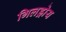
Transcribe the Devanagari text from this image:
गिलड्रोय